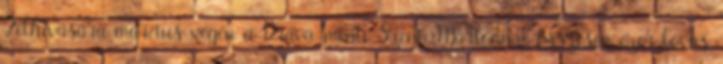
Felhívására március végén a Dráva-menti Szent-Mártonnál összesen ezer lovas